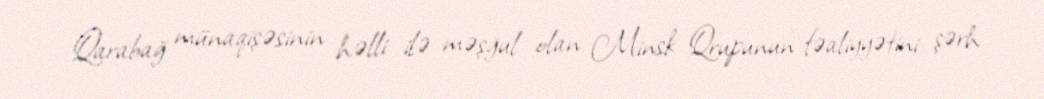
Qarabağ münaqişəsinin həlli ilə məşğul olan Minsk Qrupunun fəaliyyətini şərh